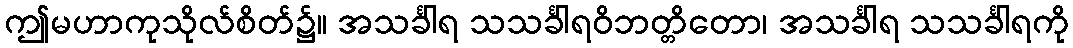
ဤမဟာကုသိုလ်စိတ်၌။ အသင်္ခါရ သသင်္ခါရဝိဘတ္တိတော၊ အသင်္ခါရ သသင်္ခါရကို